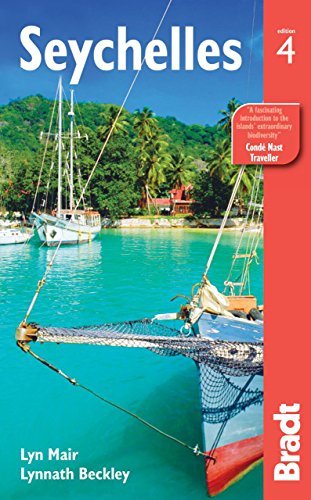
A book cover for By Lyn Mair Seychelles (Bradt Travel Guide) (Fourth Edition) [Paperback]; Travel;